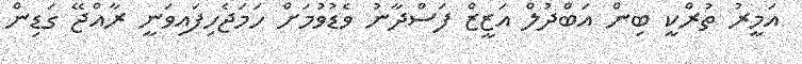
އަމީރު ތުރްކީ ބިން އަބްދުލް އަޒީޒް ފަސްދާނު ވެޑުވުމަށް ހަމަޖެހިފައިވަނީ ރާއްޖޭ ގަޑިން